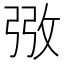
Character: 㢸